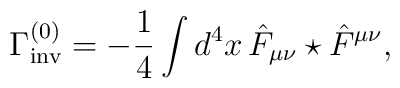
\Gamma _\mathrm{inv}^{(0)}=-\frac{1}{4}\int d^{4} x \, \hat{F}_{\mu \nu }\star \hat{F}^{\mu \nu},